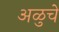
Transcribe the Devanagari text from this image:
अळुचे